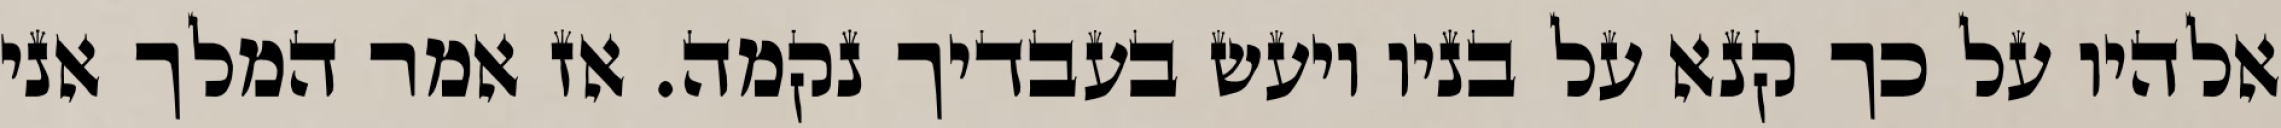
אלהיו על כך קנא על בניו ויעש בעבדיך נקמה. אז אמר המלך אני